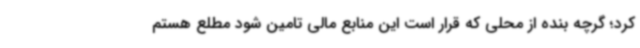
کرد؛ گرچه بنده از محلی که قرار است این منابع مالی تامین شود مطلع هستم